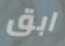
ابق